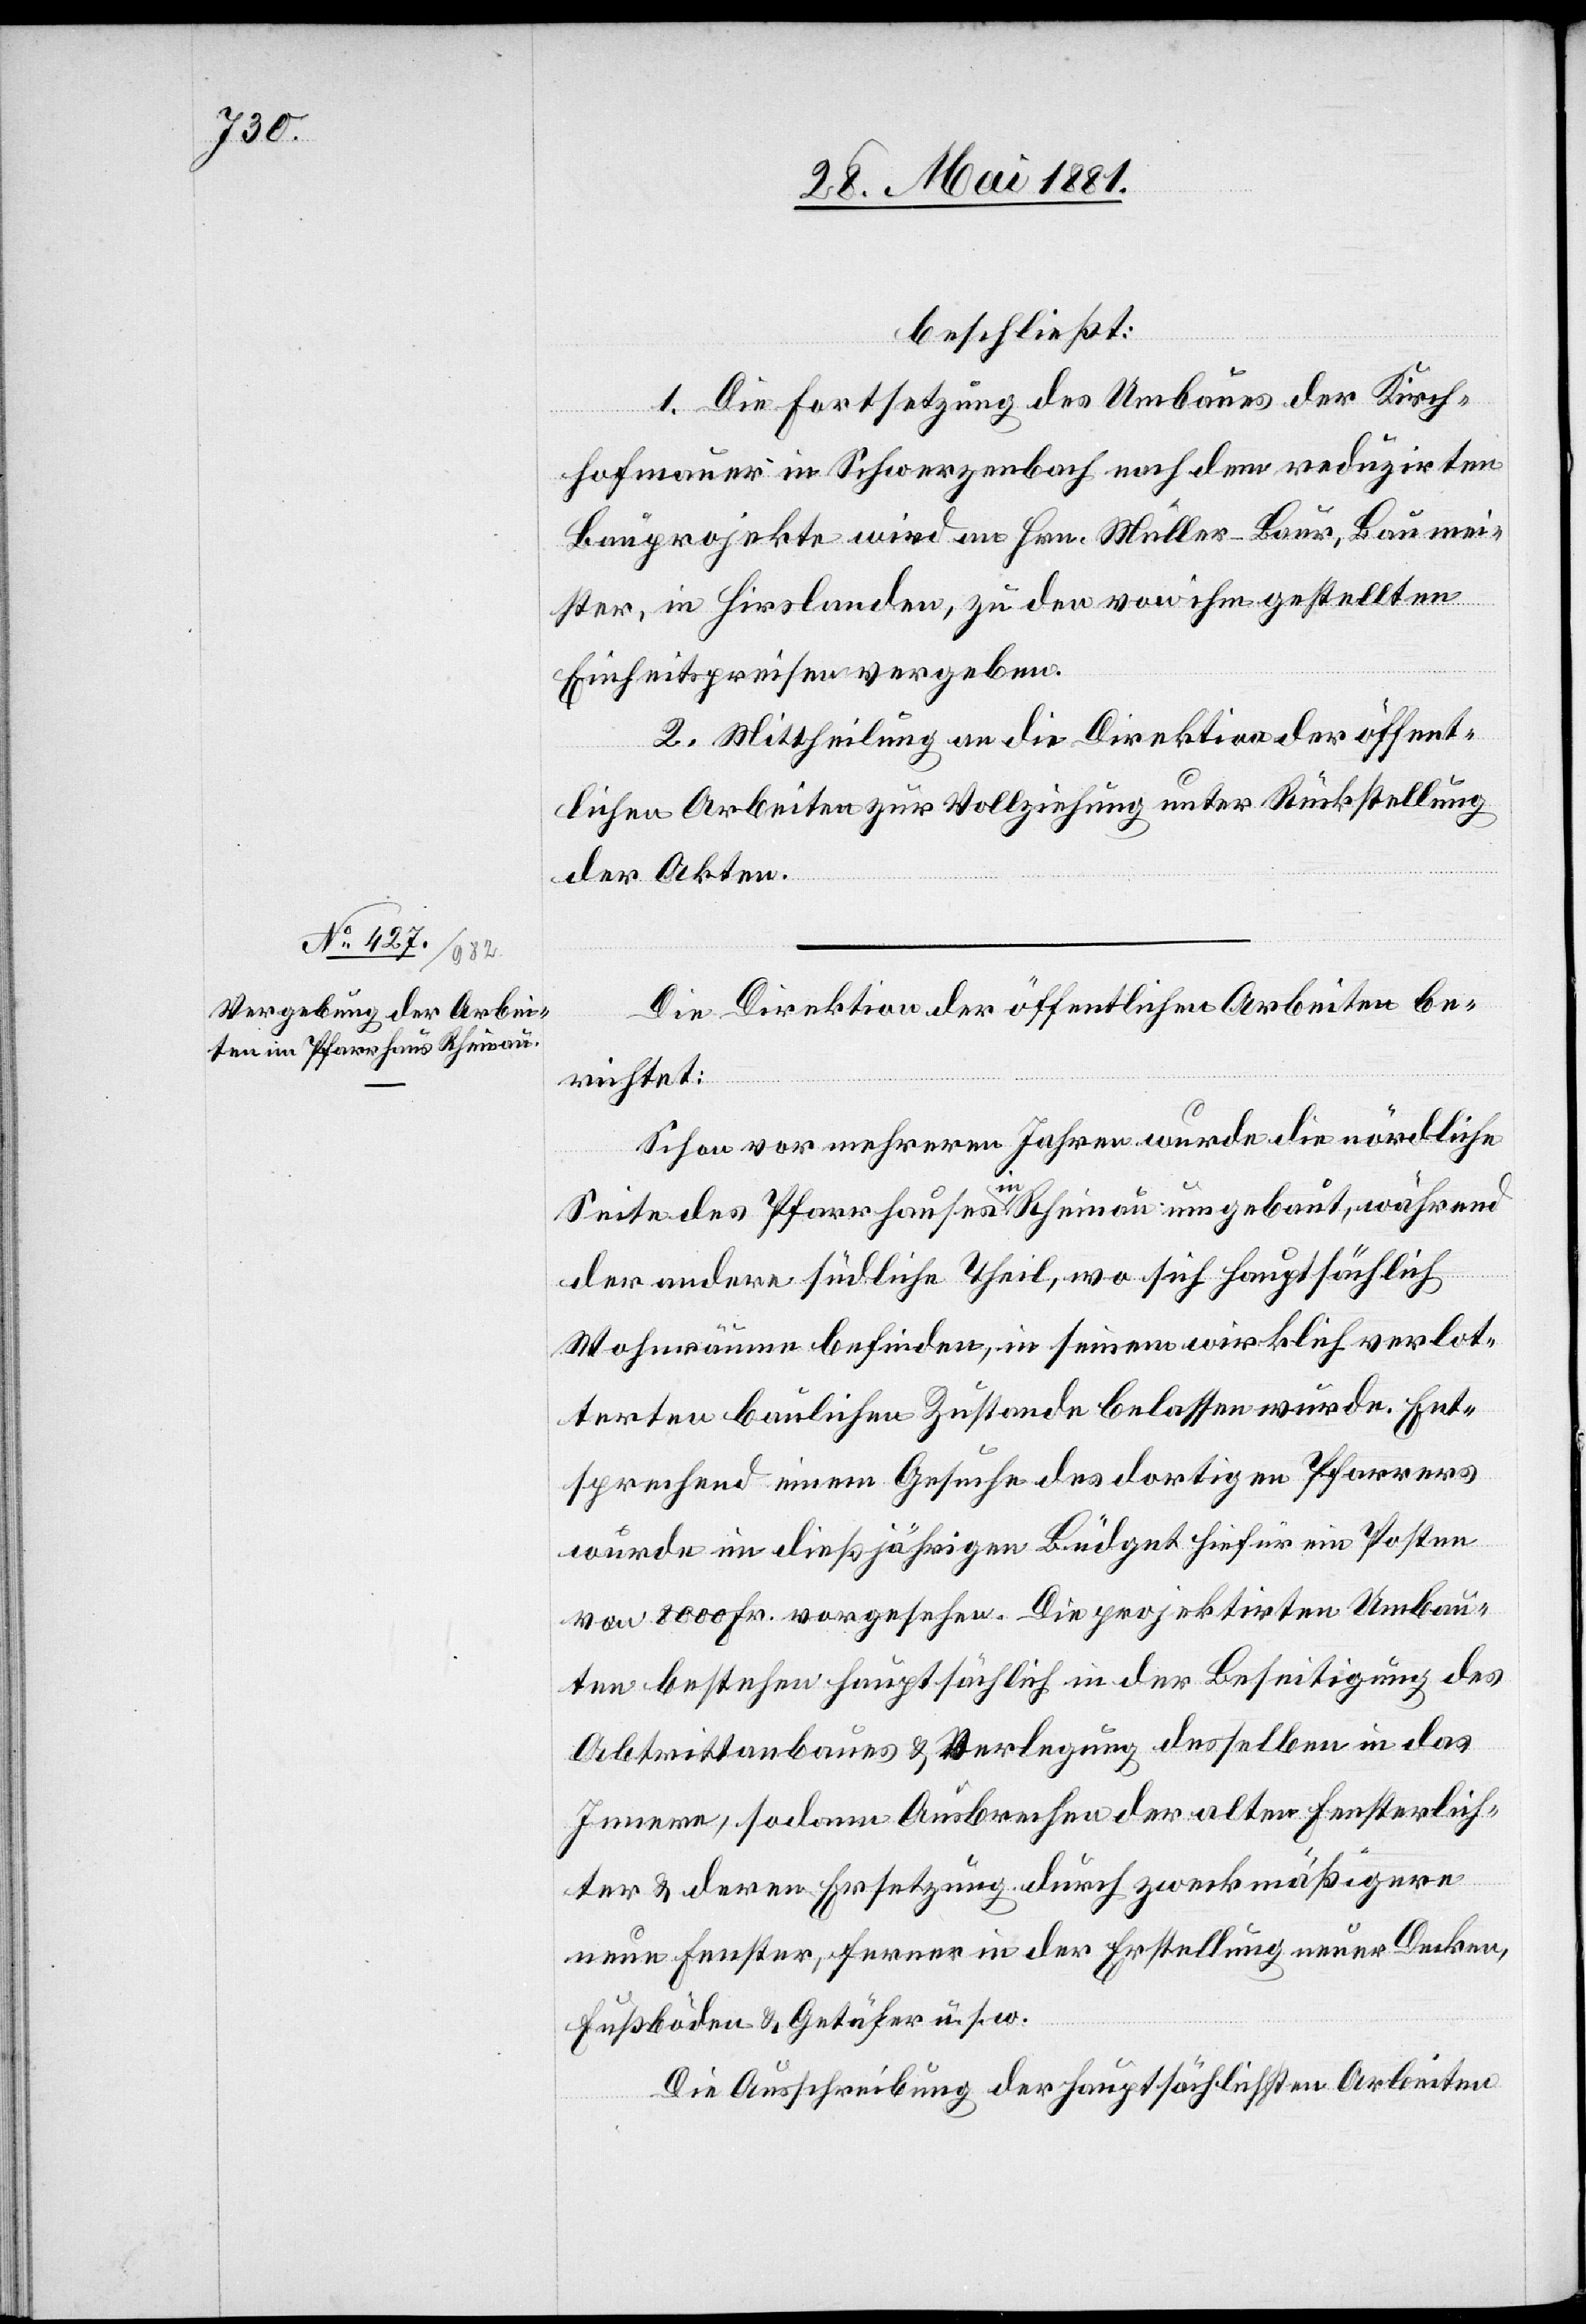
beschließt:
1. Die Fortsetzung des Umbaus der Kirch¬
hofmauer in Schwerzenbach nach dem reduzirten
Bauprojekte wird an Hrn. Müller-Baur, Baumei¬
ster, in Hirslanden, zu den von ihm gestellten
Einheitspreisen vergeben.
2. Mittheilung an die Direktion der öffent¬
lichen Arbeiten zur Vollziehung unter Rückstellung
der Akten.
Die Direktion der öffentlichen Arbeiten be¬
richtet:
Schon vor mehreren Jahren wurde die nördliche
Seite des Pfarrhauses in Rheinau umgebaut, während
der andere südliche Theil, wo sich hauptsächlich
Wohnräume befinden, in seinen wirklich verlot¬
terten baulichen Zustande belassen wurde. Ent¬
sprechend einem Gesuche des dortigen Pfarrers
wurde im dießjährigen Büdget hiefür ein Posten
von 8000 Fr. vorgesehen. Die projektirten Umbau¬
ten bestehen hauptsächlich in der Beseitigung des
Abtrittanbaues & Verlegung desselben in das
Innere, sodann ausbrechen der alten Fensterlich¬
ter & deren Ersetzung durch zweckmäßigere
neue Fenster, ferner in der Erstellung neuer Decken,
Fußböden & Getäfer u. s. w.
Die Ausschreibung der hauptsächlichen Arbeiten